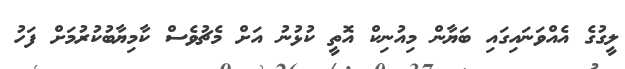
ލީގުގެ އެއްވަނައިގައި ބަޔާން މިއުނިކް އޮތީ ކުޅުނު އަށް މެޗުވެސް ކާމިޔާބުކުރުމަށް ފަހު